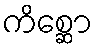
ကိစ္ဆော